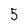
Character: 5